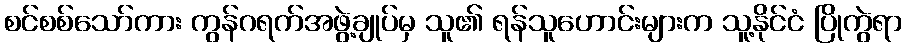
စင်စစ်သော်ကား ကွန်ဂရက်အဖွဲ့ချုပ်မှ သူ၏ ရန်သူဟောင်းများက သူ့နိုင်ငံ ပြိုကွဲရာ